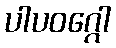
ပါပဝဂ္ဂေါ